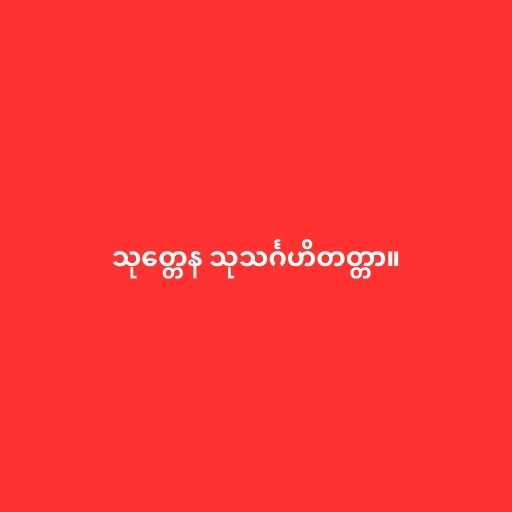
သုတ္တေန သုသင်္ဂဟိတတ္တာ။